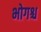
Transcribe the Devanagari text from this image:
भोगश्च